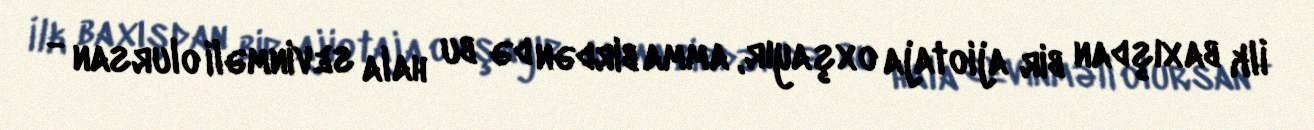
İlk baxışdan bir ajiotaja oxşayır, amma birdən də bu hala sevinməli olursan -